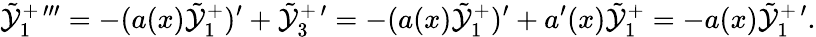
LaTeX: \tilde{\mathcal{Y}}_{1}^{+\, \prime\prime\prime}=-(a(x)\tilde{\mathcal{Y}}_{1}^{+})^{\prime}+\tilde{\mathcal{Y}}_{3}^{+\, \prime}=-(a(x)\tilde{\mathcal{Y}}_{1}^{+})^{\prime}+a^{\prime}(x)\tilde{\mathcal{Y}}_{1}^{+}=-a(x)\tilde{\mathcal{Y}}_{1}^{+\, \prime}.